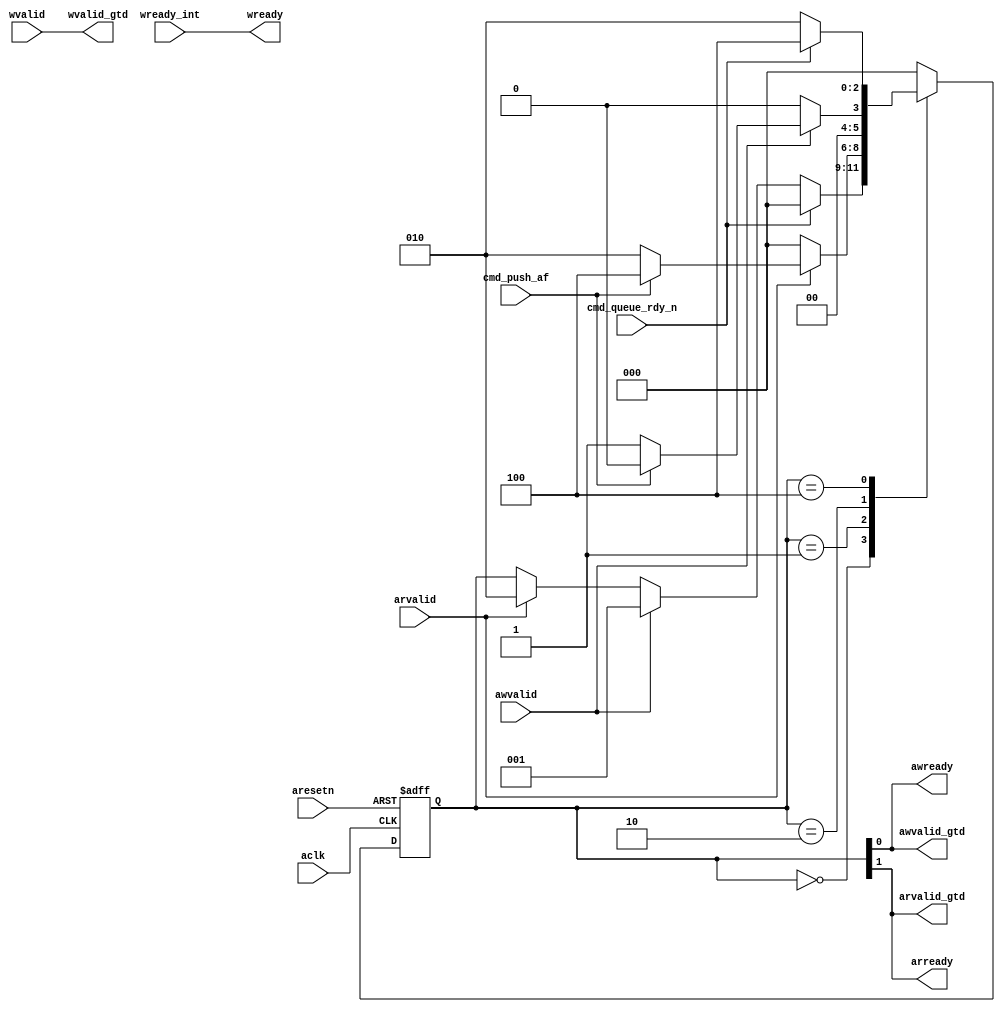

/*
 ------------------------------------------------------------------------
--
--                  (C) COPYRIGHT 2001-2011 SYNOPSYS, INC.
--                            ALL RIGHTS RESERVED
--
--  This software and the associated documentation are confidential and
--  proprietary to Synopsys, Inc.  Your use or disclosure of this
--  software is subject to the terms and conditions of a written
--  license agreement between you, or your company, and Synopsys, Inc.
--
--  The entire notice above must be reproduced on all authorized copies.
*/

//-----------------------------------------------------------------------------
// Description : AXI-to-AHB bridge arbritation on reads and writes.
//               Simple write leads read on first conflict then alternates
//               until no conflict.
//               NO Support for low-power
//
//-----------------------------------------------------------------------------


module DW_axi_x2p_arb (/*AUTOARG*/
   // Outputs
   wvalid_gtd, wready, awvalid_gtd, arvalid_gtd, awready, arready,
   // Inputs
   aclk, aresetn, wvalid, awvalid, arvalid, wready_int,
   cmd_queue_rdy_n, cmd_push_af
   );
  input aclk;
  input aresetn;
  input wvalid;
  input awvalid;         // AXI write address valid
  input arvalid;         // AXI read address valid

  input wready_int;      // write data wready from the slave controller


  input cmd_queue_rdy_n; // cmd queue is ready for a push
  input cmd_push_af;     // only one location in cmd queue is left

  output wvalid_gtd;     // will pass this on when arbritated
  output wready;         // ready to axi on a write
  output awvalid_gtd;    // to slave control for pushing fifo on when arbritated
  output arvalid_gtd;    // to slave control will pass this on when arbritated
  output awready;        // ready to axi on a write address
  output arready;        // ready to axi on a read address

  reg [2:0]                               arb_state;
  reg [2:0]                               arb_next_state;
  reg awvalid_int, arvalid_int, rdy_push, rdy_push_af;
  // using one hot here
`define IDLE 0
`define WREADY 1
`define RREADY 2
`define RREADY_PEND 4

  // combinatoral
  always @(/*AS*/arvalid or awvalid or cmd_push_af or cmd_queue_rdy_n)
    begin
      awvalid_int = awvalid;
      arvalid_int = arvalid;

  // Give the cmd queue status
  // push_rdy indicates that the CMD Queue has space available and
  //
  // rdy_push_af is used when transitioning from a ready imeadiatly
  // to the other ready
  // have to check to see if the fifo will have space after current ready
  // and have to check if the low-power ack is not going to be asser

      rdy_push = ~cmd_queue_rdy_n;
      rdy_push_af = cmd_push_af;

    end // always @ (...


  assign awready = arb_state[0];
  assign arready = arb_state[1];


  // the gtd are the a_valids sent on to the bridge
  assign awvalid_gtd =awready;
  assign arvalid_gtd =arready;

  // state machine for arbritating the write read conflict
  // machine will be activated only when a confilict arises
  // a write will go first then read
  // when the conflict doesn't exist the sm will go back to idle
  // This will assure that if write(s) and reads(s) occur at the same cycle
  // the following will occur
  // 1) following inactivity, write then read
  // 2) continuing with read alternating with write
  // 3) No activity will return to write fist

  always @(arb_state or arvalid or awvalid or awvalid_int
           or rdy_push or rdy_push_af)
    begin:ARB_STATES
      arb_next_state = arb_state;
        case(arb_state)
          `IDLE: // Idle wvalid always first
             begin
              arb_next_state = `IDLE;
              if (rdy_push == 1'b1)
                begin
                  if (awvalid == 1'b1)
                    arb_next_state = `WREADY;
                  else
                    if (arvalid == 1'b1)
                      arb_next_state = `RREADY;
                    else
                      arb_next_state = arb_state;
                end
             end // case: `IDLE
           `WREADY: // Issue WREADY if rvalid go on to issue rready
                    // since the cmd queue is being pushed check if almost full
                    // then its about to fill then defer
              begin
                if (arvalid == 1'b1)
                  begin
                    if (rdy_push_af == 1'b0)
                      arb_next_state = `RREADY;
                    else
                      arb_next_state = `RREADY_PEND;
                  end
                else arb_next_state = `IDLE; //awready just issued so have to wait
                                             // one clock before checking on write
              end // case: `WREADY
         `RREADY: // issue RREADY wvalid goes next first
                  // when here a push is going on, look at the almost full as the FIFO being filled
            begin
              if (awvalid_int == 1'b1)
                begin
                  if (rdy_push_af == 1'b0)  arb_next_state = `WREADY;
                  else arb_next_state = `IDLE;
                end
              else arb_next_state = `IDLE; // have to wait for current rwready to go away
            end
         `RREADY_PEND:
            begin
              if (rdy_push == 1'b1)  arb_next_state = `RREADY;
              else arb_next_state = `RREADY_PEND;
            end
          default: arb_next_state = `IDLE;
        endcase // case(arb_state)
    end // block: ARB_STATES

 // Gate off any write data transfers when powered down

  assign wvalid_gtd =  wvalid;
  assign wready     = wready_int;

  //
  // FF's
  //
  always @(posedge aclk or negedge aresetn)
    if (aresetn == 1'b0)
      begin
        arb_state <= `IDLE;
      end
    else
      begin
        arb_state <= arb_next_state;
      end
`undef IDLE
`undef WREADY
`undef RREADY
`undef RREADY_PEND

endmodule // DW_axi_x2p_arb